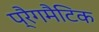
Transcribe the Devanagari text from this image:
प्रैगमैटिक